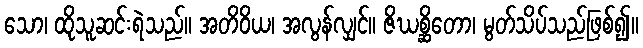
သော၊ ထိုသူဆင်းရဲသည်။ အတိဝိယ၊ အလွန်လျှင်။ ဇိဃစ္ဆိတော၊ မွတ်သိပ်သည်ဖြစ်၍။